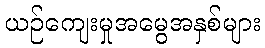
ယဉ်ကျေးမှုအမွေအနှစ်များ